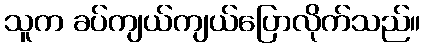
သူက ခပ်ကျယ်ကျယ်ပြောလိုက်သည်။